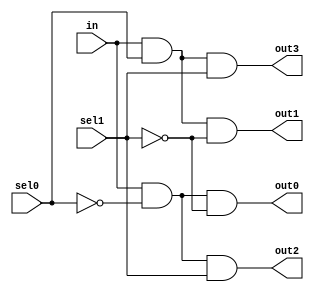
module demux_1to4 (
    input wire in,
    input wire sel0,
    input wire sel1,
    output reg out0,
    output reg out1,
    output reg out2,
    output reg out3
);
    
    assign out0 = (in & ~sel0 & ~sel1);
    assign out1 = (in & sel0 & ~sel1);
    assign out2 = (in & ~sel0 & sel1);
    assign out3 = (in & sel0 & sel1);

endmodule